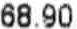
68.90